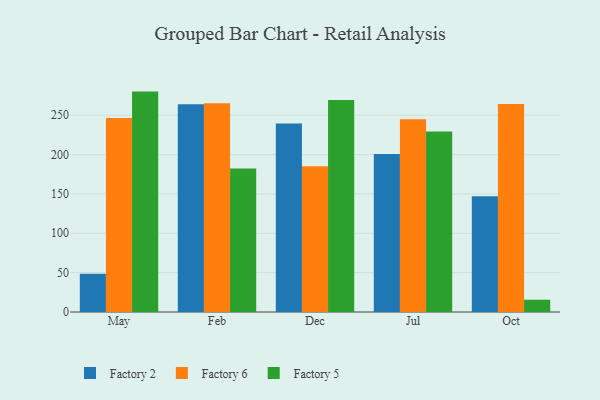
{"axis": {"x": "Month", "y": "Production Output"}, "legend": ["Factory 2", "Factory 5", "Factory 6"], "data": [{"x": "May", "y": 48.7, "type": "Factory 2"}, {"x": "May", "y": 246.5, "type": "Factory 6"}, {"x": "May", "y": 280.0, "type": "Factory 5"}, {"x": "Feb", "y": 264.0, "type": "Factory 2"}, {"x": "Feb", "y": 265.2, "type": "Factory 6"}, {"x": "Feb", "y": 182.3, "type": "Factory 5"}, {"x": "Dec", "y": 239.6, "type": "Factory 2"}, {"x": "Dec", "y": 185.3, "type": "Factory 6"}, {"x": "Dec", "y": 269.2, "type": "Factory 5"}, {"x": "Jul", "y": 200.8, "type": "Factory 2"}, {"x": "Jul", "y": 244.9, "type": "Factory 6"}, {"x": "Jul", "y": 229.3, "type": "Factory 5"}, {"x": "Oct", "y": 147.1, "type": "Factory 2"}, {"x": "Oct", "y": 264.4, "type": "Factory 6"}, {"x": "Oct", "y": 15.6, "type": "Factory 5"}]}